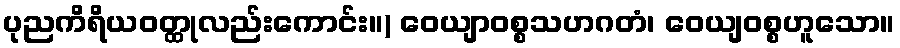
ပုညကိရိယဝတ္ထုလည်းကောင်း။) ဝေယျာဝစ္စသဟဂတံ၊ ဝေယျဝစ္စဟူသော။